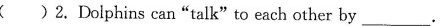
( )2. Dolphins can "talk" to each other by ___.